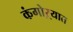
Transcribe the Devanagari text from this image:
कंगोऱ्यात